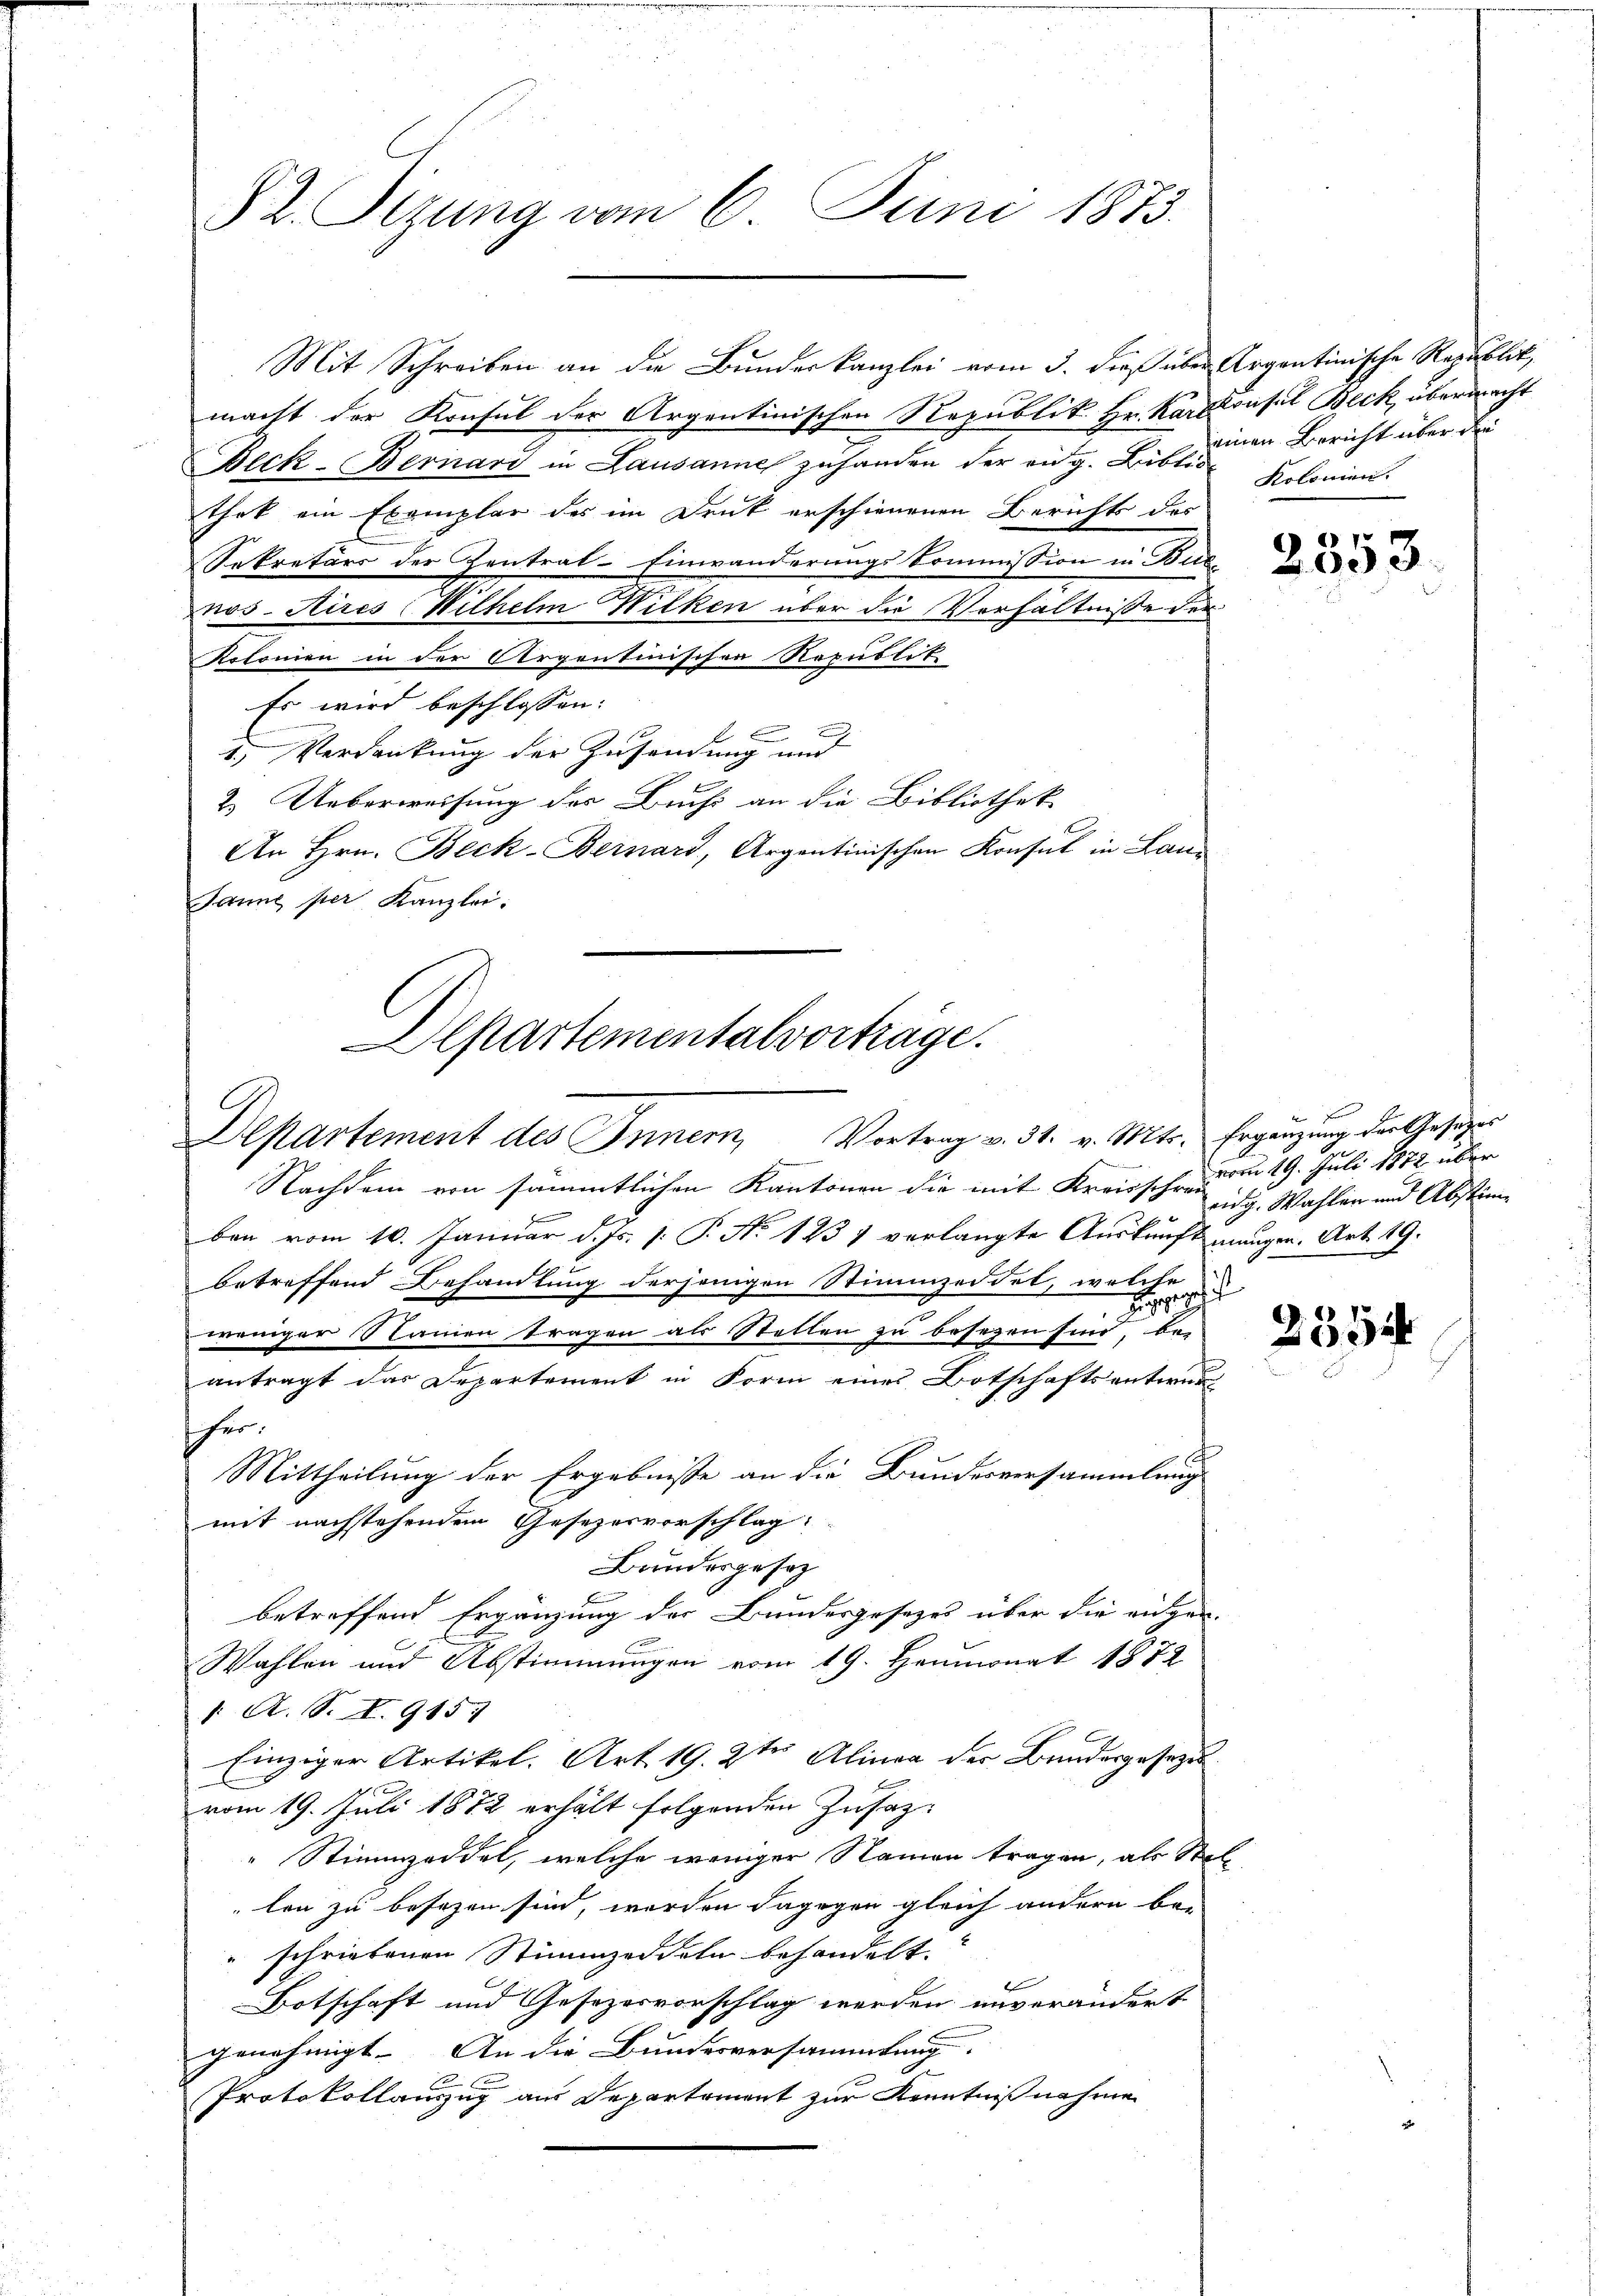
§2. Sizung vom 6. Juni 1873.

Mit Schreiben an die Bundeskanzlei vom 3. dieß über
macht der Konsul der Argentinischen Republik. Hr. Karl
Beck-Bernard in Lausanne zuhanden der eidg. Bis einen Bericht über die
thek ein Exemplar des im Druk erschienenen Berichts des
Sekretärs der Zentral-Einwanderungs-Commission in Bud-
nos Aires Wilhelm Wilken über die Verhältnisse der
Kolonien in der Argentinischen Republit
Es wird beschlossen:
u

2. Verdankung der Zusendung und
2. Ueberweisung des Brusi an die Bibliothek
An Hrn. Beck-Bernard, Argentinischen Konsul in Lan
Janne per Kanzlei.
Nachdem von sämmtlichen Kantonen die mit Kreisschrei idg. Wahlen und Abstimben vom 10. Januar d. Js. v. P. No 123 1 verlangte Auskunft mangen. Art. 19.
betreffend Behandlung derjenigen Stimmzeddet, welche
ge
weniger Nanien tragen als Stellen zu besezen sind, bei
antragt das Departement in Form eines Botschaftsentwur
her.
Mittheilung der Ergebnisse an die Bundesversammlung
mit nachstehendem Gesezesvorschlag
Bundergesetz
betreffend Ergänzung der Bundesgesezes über die eidgen.
Wahlen und Abstimmungen vom 19. Heumonat 1872
1. A. S. I. 915)
Einziger Artikel. Art. 19. 2ter Alinea der Bundesgesezesvom 19. Juli 1872 erhält folgenden Zusatz¬
" Stimmzeddel, welche weniger Namen tragen, als Sta
len zu besezen sind, werden dagegen gleich andern be
" schriebenen Stimmzeddeln behandelt.
Botschaft und Gesezesvorschlag werden unverändert
genehmigt. An die Bundesversammlung
2
Protokollanzug aus Departement zur Kenntniß nahmen

Departementalvorträge.
Departement des Innern, Vortrag v. 31. v. Mts. Ergänzung der Gesetzes

Argentinische Republik,
Krusel Beck, übermacht
Kolonien.

2353

vom 19. Juli 1872 über

.

2334